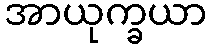
အာယုက္ခယာ